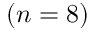
( n = 8 )